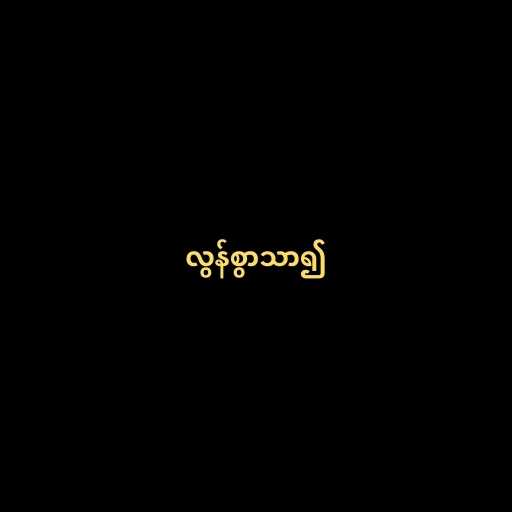
လွန်စွာသာ၍